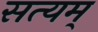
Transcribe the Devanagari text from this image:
सत्‍यम्